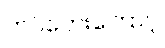
ကပ်ဘေးကြောင့်